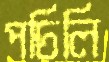
পচিলি